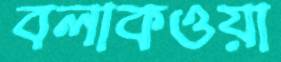
বলাকওয়া